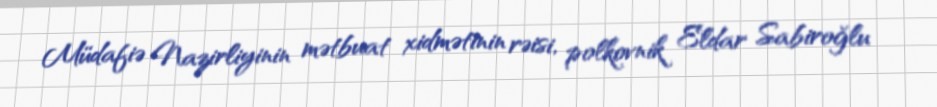
Müdafiə Nazirliyinin mətbuat xidmətinin rəisi, polkovnik Eldar Sabiroğlu